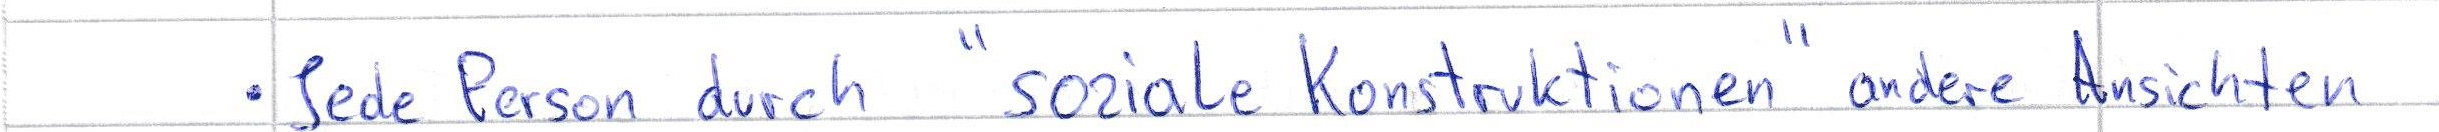
Jede Person durch "soziale Konstruktionen" andere Ansichten